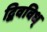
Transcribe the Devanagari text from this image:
द्विवविध्